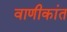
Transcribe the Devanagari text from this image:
वाणीकांत